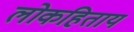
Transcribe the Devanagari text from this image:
लोकहिताय